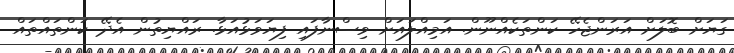
ގަޔަށް ބޮލަށް އަރަންޖެހޭ ކަންތަކެއްނޫން. އަމިއްލައަށް ވިސްނާފައި ފިޔަވަޅުއަޅާ. ރައްޔިތުން އެދޭ ކަންތައްތައް